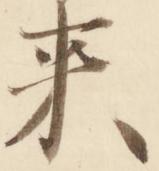
来